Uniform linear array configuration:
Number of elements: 8
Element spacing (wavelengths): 1
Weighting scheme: hann
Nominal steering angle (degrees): -60
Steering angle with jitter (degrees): -58.049
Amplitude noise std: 0.05
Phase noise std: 0.05

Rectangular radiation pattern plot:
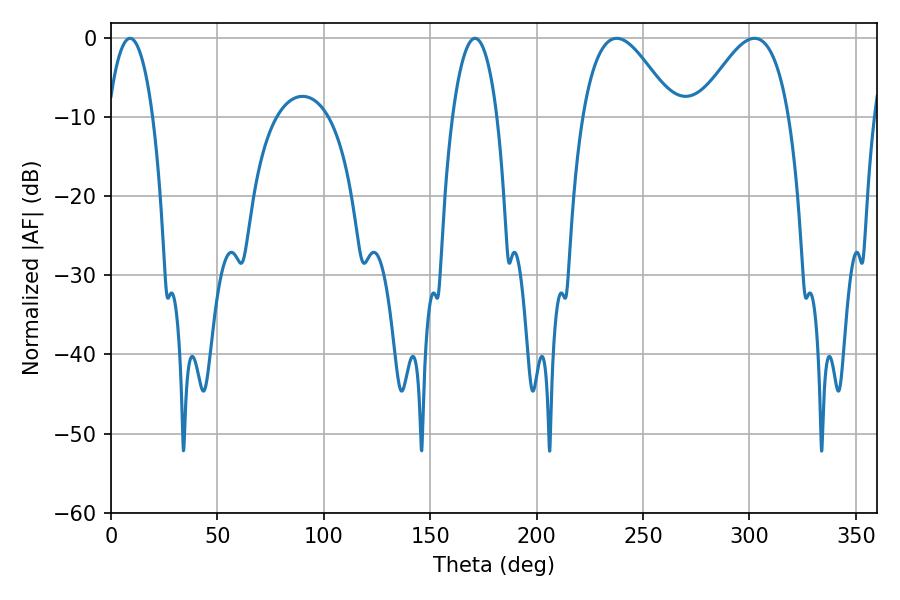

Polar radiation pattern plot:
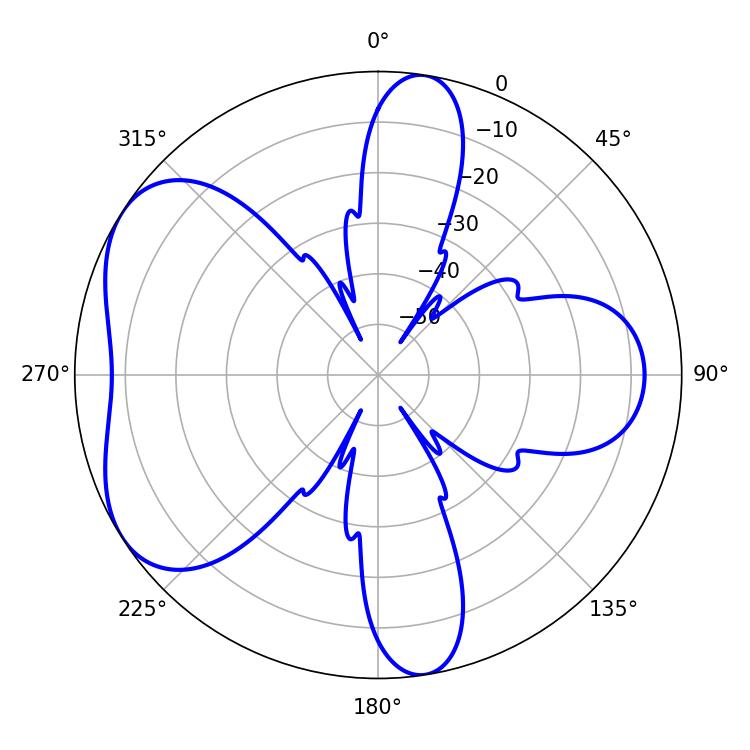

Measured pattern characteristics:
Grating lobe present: TRUE
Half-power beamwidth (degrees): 23.04
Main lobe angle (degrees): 237.6